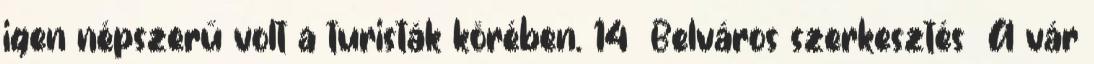
igen népszerű volt a turisták körében. 14 Belváros szerkesztés A vár